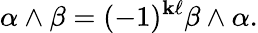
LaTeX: \alpha\wedge\beta=(-1)^{\mathbf{k}\ell}\beta\wedge\alpha.